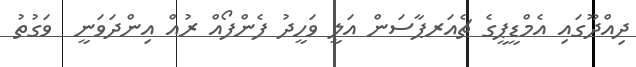
ދިއްދޫގައި އެމްޑީޕީގެ ޗެއަރޕާސަން އަލީ ވަހީދު ފެންފޯއް ރުއް އިންދަވަނީ  ވަގުތު